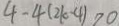
4 - 4 ( 2 k - 4 ) > 0